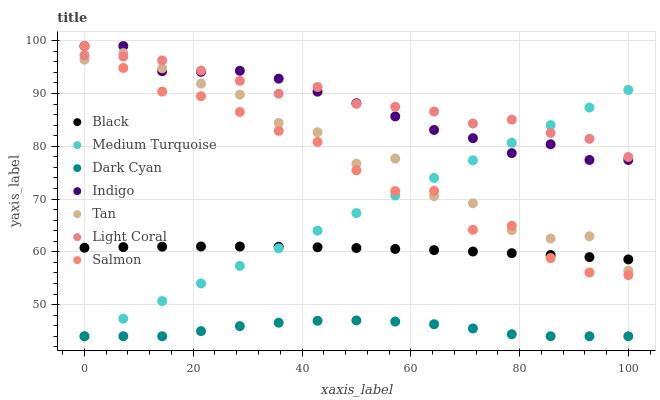
| xaxis_label | Black | Medium Turquoise | Dark Cyan | Indigo | Tan | Light Coral | Salmon |
 | --- | --- | --- | --- | --- | --- | --- | --- |
 | 0 | 60.8 | 44 | 44 | 99 | 96.4 | 97.2 | 99 |
 | 7.14 | 60.9 | 47.3 | 44 | 99 | 97.7 | 97 | 94.8 |
 | 14.3 | 61 | 50.7 | 44 | 94.2 | 94.8 | 96.3 | 90.4 |
 | 21.4 | 61 | 54 | 45 | 94.1 | 91.9 | 94.4 | 89.5 |
 | 28.6 | 61 | 57.3 | 45.9 | 94.3 | 89.8 | 92.4 | 86.5 |
 | 35.7 | 61 | 60.7 | 46.6 | 92.8 | 84.4 | 90 | 82.9 |
 | 42.9 | 60.9 | 64 | 46.9 | 90.4 | 82.7 | 91.2 | 80.8 |
 | 50 | 60.7 | 67.3 | 47 | 88.2 | 76.7 | 88.1 | 75.5 |
 | 57.1 | 60.5 | 70.7 | 46.8 | 85.7 | 77.7 | 87.5 | 71.5 |
 | 64.3 | 60.3 | 74 | 46.3 | 83.1 | 70.5 | 86.6 | 71.5 |
 | 71.4 | 60.1 | 77.3 | 45.5 | 81.5 | 69.2 | 84.3 | 64.2 |
 | 78.6 | 59.7 | 80.7 | 44.4 | 78.7 | 64.1 | 85 | 64.9 |
 | 85.7 | 59.4 | 84 | 44 | 80.4 | 62.5 | 82.5 | 58.8 |
 | 92.9 | 59 | 87.3 | 44 | 77.4 | 62.9 | 81.4 | 56.1 |
 | 100 | 58.6 | 90.7 | 44 | 77.4 | 56.5 | 78 | 55.6 |